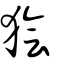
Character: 獪